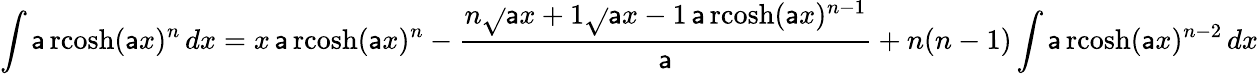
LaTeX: \int\operatorname{\mathsf{a}rcosh}(\mathsf{a}x)^{n}\, dx=x\operatorname{\mathsf{a}rcosh}(\mathsf{a}x)^{n}-{\frac{{n{\sqrt{}{{\mathsf{a}x+1}}}{\sqrt{}{{\mathsf{a}x-1}}}\operatorname{\mathsf{a}rcosh}(\mathsf{a}x)^{n-1}}}{{\mathsf{a}}}}+n(n-1)\int\operatorname{\mathsf{a}rcosh}(\mathsf{a}x)^{n-2}\, dx